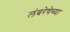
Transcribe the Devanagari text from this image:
लंबरेषेच्या